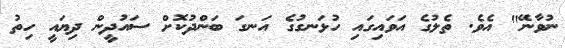
ނުވާނޭ" އެވެ. ތެލުގެ އަވައިގައި ހުޅަނގުގެ އަނގަ ބަންދުކޮށް ސައުދީން ދިޔައީ ހިތު